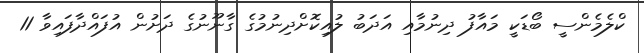
ކްލެމެންސީ ބޯޑަކީ މައާފު ދިނުމާއި އަދަބު ލުއިކޮށްދިނުމުގެ ގާނޫނުގެ ދަށުން އުފައްދާފައިވާ 11